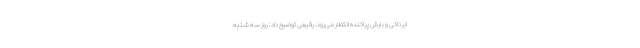
ابرناکی و بارش پراکنده انتظار می‌رود. رفیعی توضیح داد: روز سه شنبه